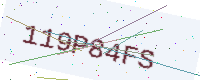
Text: 119P84FS